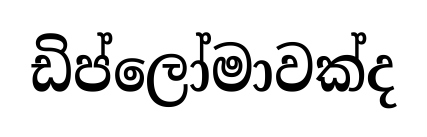
ඩිප්ලෝමාවක්ද